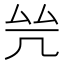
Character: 𠙃